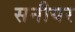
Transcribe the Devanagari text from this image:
सनीयर